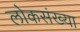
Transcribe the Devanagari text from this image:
लोकसंख्‍या